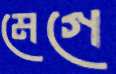
মেগে